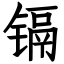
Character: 镉